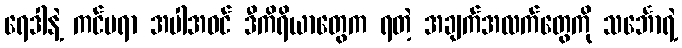
ရေဒါနဲ့ ကင်မရာ အပါအဝင် ဒီကိရိယာတွေက ရတဲ့ အချက်အလက်တွေကို သင်္ဘောရဲ့